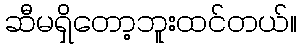
ဆီမရှိတော့ဘူးထင်တယ်။